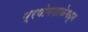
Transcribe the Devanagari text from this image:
प्रयोगशाळेमधून